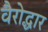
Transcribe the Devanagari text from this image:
वैरोद्धार